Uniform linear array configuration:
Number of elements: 32
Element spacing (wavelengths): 0.75
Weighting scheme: kaiser
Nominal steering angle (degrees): -30
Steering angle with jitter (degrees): -29.786
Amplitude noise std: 0.05
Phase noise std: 0.05

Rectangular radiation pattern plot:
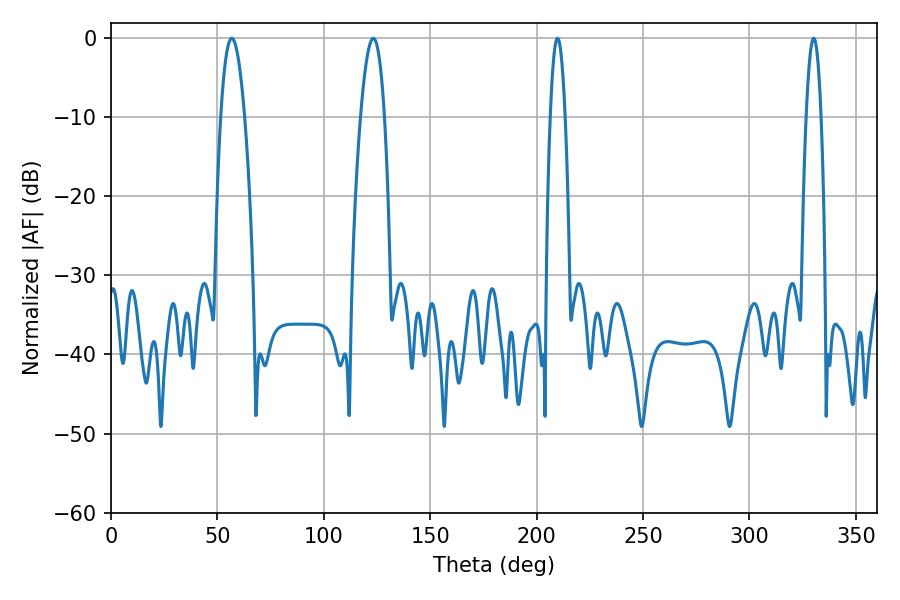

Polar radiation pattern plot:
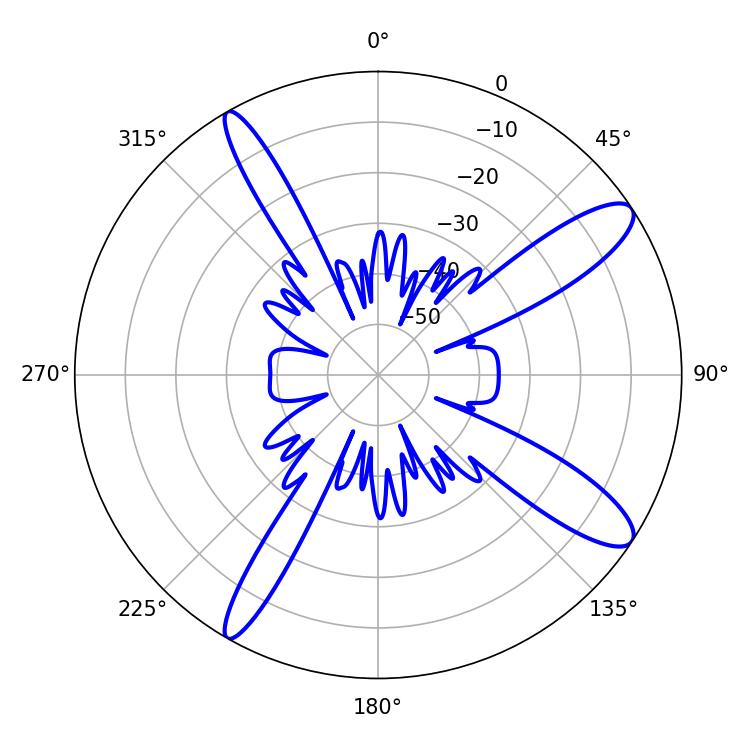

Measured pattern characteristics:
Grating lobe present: TRUE
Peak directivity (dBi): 12.135
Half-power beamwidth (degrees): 6.12
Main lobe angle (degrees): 56.7